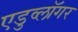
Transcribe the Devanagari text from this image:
एडुव्लॉगर